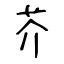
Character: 芥